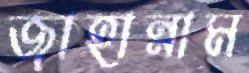
জাহান্নাম